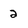
Character: 2